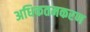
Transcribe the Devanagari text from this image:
अधिकतमकरण